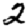
Digit: 2